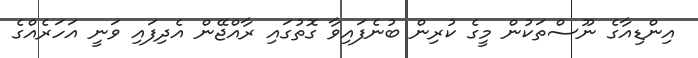
އިންޑިއާގެ ނޫސްތަކުން މީގެ ކުރިން ބުނެފައިވާ ގޮތުގައި ރާއްޖޭން އެދިފައި ވަނީ އަހަރެއްގެ